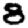
Digit: 8